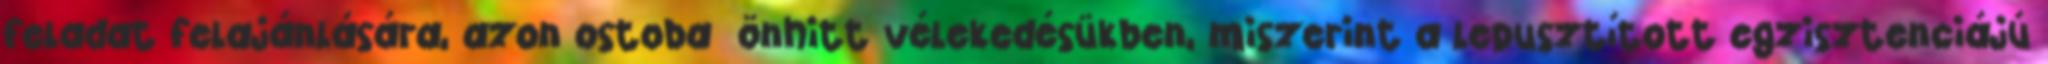
feladat felajánlására, azon ostoba önhitt vélekedé­sükben, miszerint a lepusztított egzisztenciájú